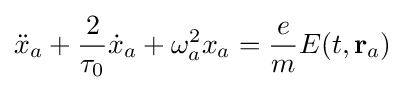
{\ddot {x}}_{a}+{\frac {2}{\tau _{0}}}{\dot {x}}_{a}+\omega _{a}^{2}x_{a}={\frac {e}{m}}E(t,\mathbf {r} _{a})